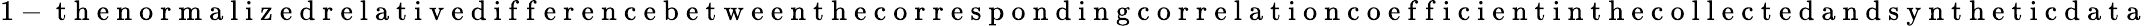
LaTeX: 1-\mathrm{~t~h~e~n~o~r~m~a~l~i~z~e~d~r~e~l~a~t~i~v~e~d~i~f~f~e~r~e~n~c~e~b~e~t~w~e~e~n~t~h~e~c~o~r~r~e~s~p~o~n~d~i~n~g~c~o~r~r~e~l~a~t~i~o~n~c~o~e~f~f~i~c~i~e~n~t~i~n~t~h~e~c~o~l~l~e~c~t~e~d~a~n~d~s~y~n~t~h~e~t~i~c~d~a~t~a~}